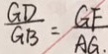
\frac { G D } { G B } = \frac { G F } { A G . }